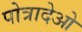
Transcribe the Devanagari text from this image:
पोत्रादेओ